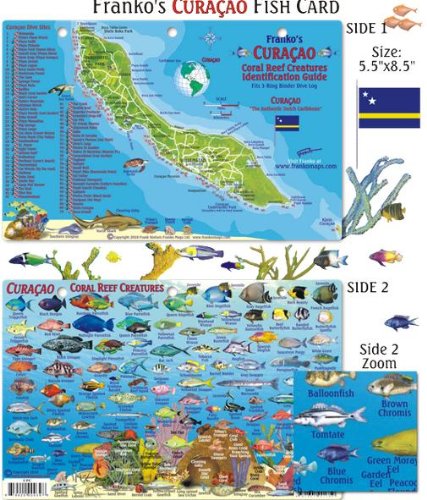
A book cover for Curacao Dive Map & Reef Creatures Guide Franko Maps Laminated Fish Card; Franko Maps Ltd.; Travel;